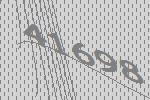
41698